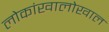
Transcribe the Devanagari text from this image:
लोकांखालोखाल